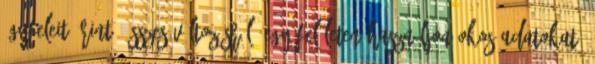
ügyfeleit érintő összes változásról, egy felületen Használjon okos adatokat,